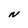
Character: N